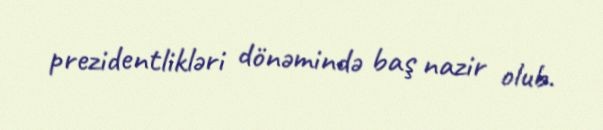
prezidentlikləri dönəmində baş nazir olub.